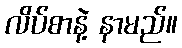
လိပ်စာနဲ့ နာမည်။